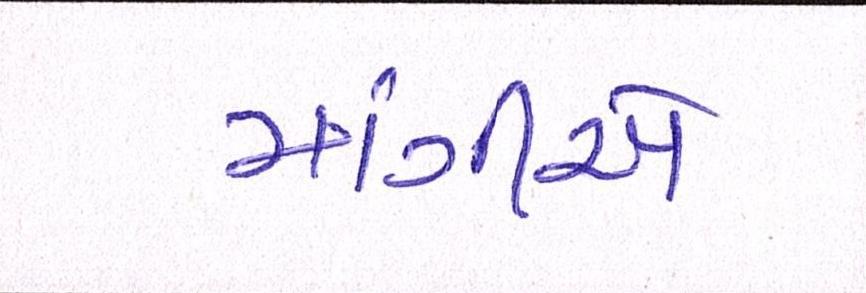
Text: માંગીએ